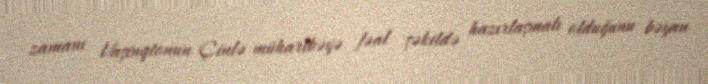
zamanı Vaşinqtonun Çinlə müharibəyə fəal şəkildə hazırlaşmalı olduğunu bəyan